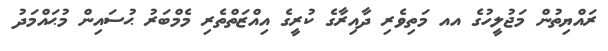
ރައްޔިތުން މަޖުލީހުގެ އއ މަތިވެރި ދާއިރާގެ ކުރީގެ އިއްޒަތްތެރި މެމްބަރު ޙުސައިން މުޙައްމަދު